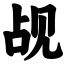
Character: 觇